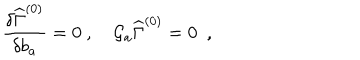
{ { \frac { \delta \widehat \Gamma ^ { ( 0 ) } } { \delta b _ { a } } } } = 0 \ , \quad { \cal G } _ { a } \widehat { \Gamma } ^ { ( 0 ) } = 0 ~ ~ ,